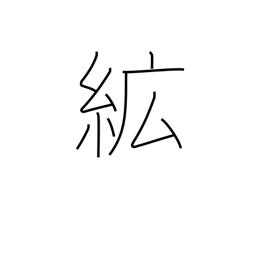
Meaning: cotton wadding